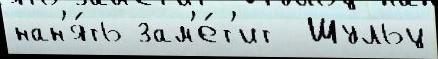
нан'я́ть зам'е́т'ит  Шульц